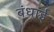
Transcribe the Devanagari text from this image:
बंधाई